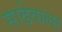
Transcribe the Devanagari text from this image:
साढेवाला